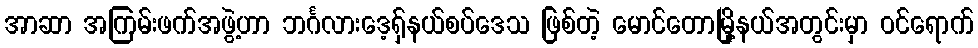
အာဆာ အကြမ်းဖက်အဖွဲ့ဟာ ဘင်္ဂလားဒေ့ရှ်နယ်စပ်ဒေသ ဖြစ်တဲ့ မောင်တောမြို့နယ်အတွင်းမှာ ဝင်ရောက်